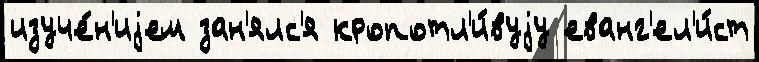
изуче́н'иjем зан'ялс'я кропотл'и́вуjу еванг'ел'и́ст